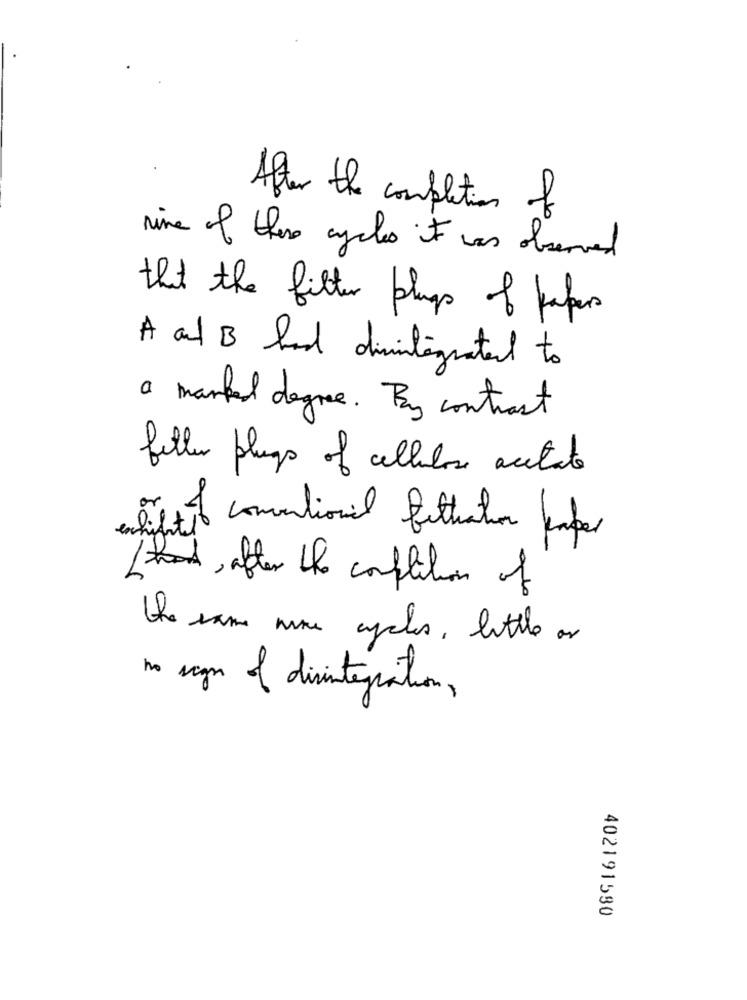
After the completion of
nine of these cycles it was observed
that the filter plugs of papers
A and B had disintegrated to
a marked degree . By contrast
filler plugs of cellulose acetate
6. 1+it conventional filtration koper
/ hat, after the completion of
the same noe cycles , little or
no sign of disintegration ,
402191580